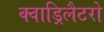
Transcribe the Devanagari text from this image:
क्वाड्रिलैटरो